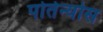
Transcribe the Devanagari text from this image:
पोर्तेन्योस